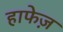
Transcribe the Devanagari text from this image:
हाफेज़